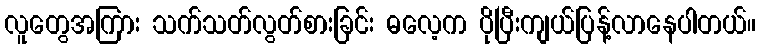
လူတွေအကြား သက်သတ်လွတ်စားခြင်း ဓလေ့က ပိုပြီးကျယ်ပြန့်လာနေပါတယ်။